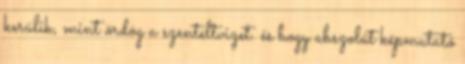
kerülik, mint ördög a szenteltvizet. és hogy abszolút képmutató